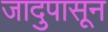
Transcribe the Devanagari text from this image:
जादुपासून